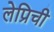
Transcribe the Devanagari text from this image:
लेप्रिची